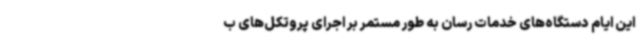
این ایام دستگاه‌های خدمات رسان به طور مستمر بر اجرای پروتکل‌های ب